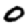
Digit: 0